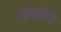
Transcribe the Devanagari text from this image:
बालोने